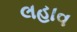
લહાવ